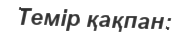
Темір қақпан: